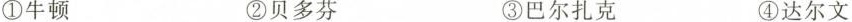
①牛顿 ②贝多芬 ③巴尔扎克 ④达尔文